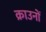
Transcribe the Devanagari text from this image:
क्राउनों